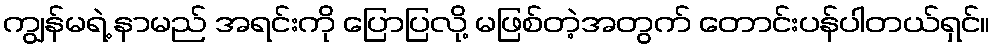
ကျွန်မရဲ့ နာမည် အရင်းကို ပြောပြလို့ မဖြစ်တဲ့အတွက် တောင်းပန်ပါတယ်ရှင်။